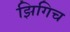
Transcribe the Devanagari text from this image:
झिगिच